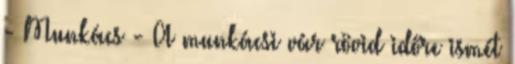
- Munkács - A munkácsi vár rövid időre ismét